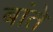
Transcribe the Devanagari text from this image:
बांते